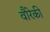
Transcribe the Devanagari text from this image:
वौरेकी